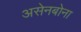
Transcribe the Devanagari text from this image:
असेनबोना